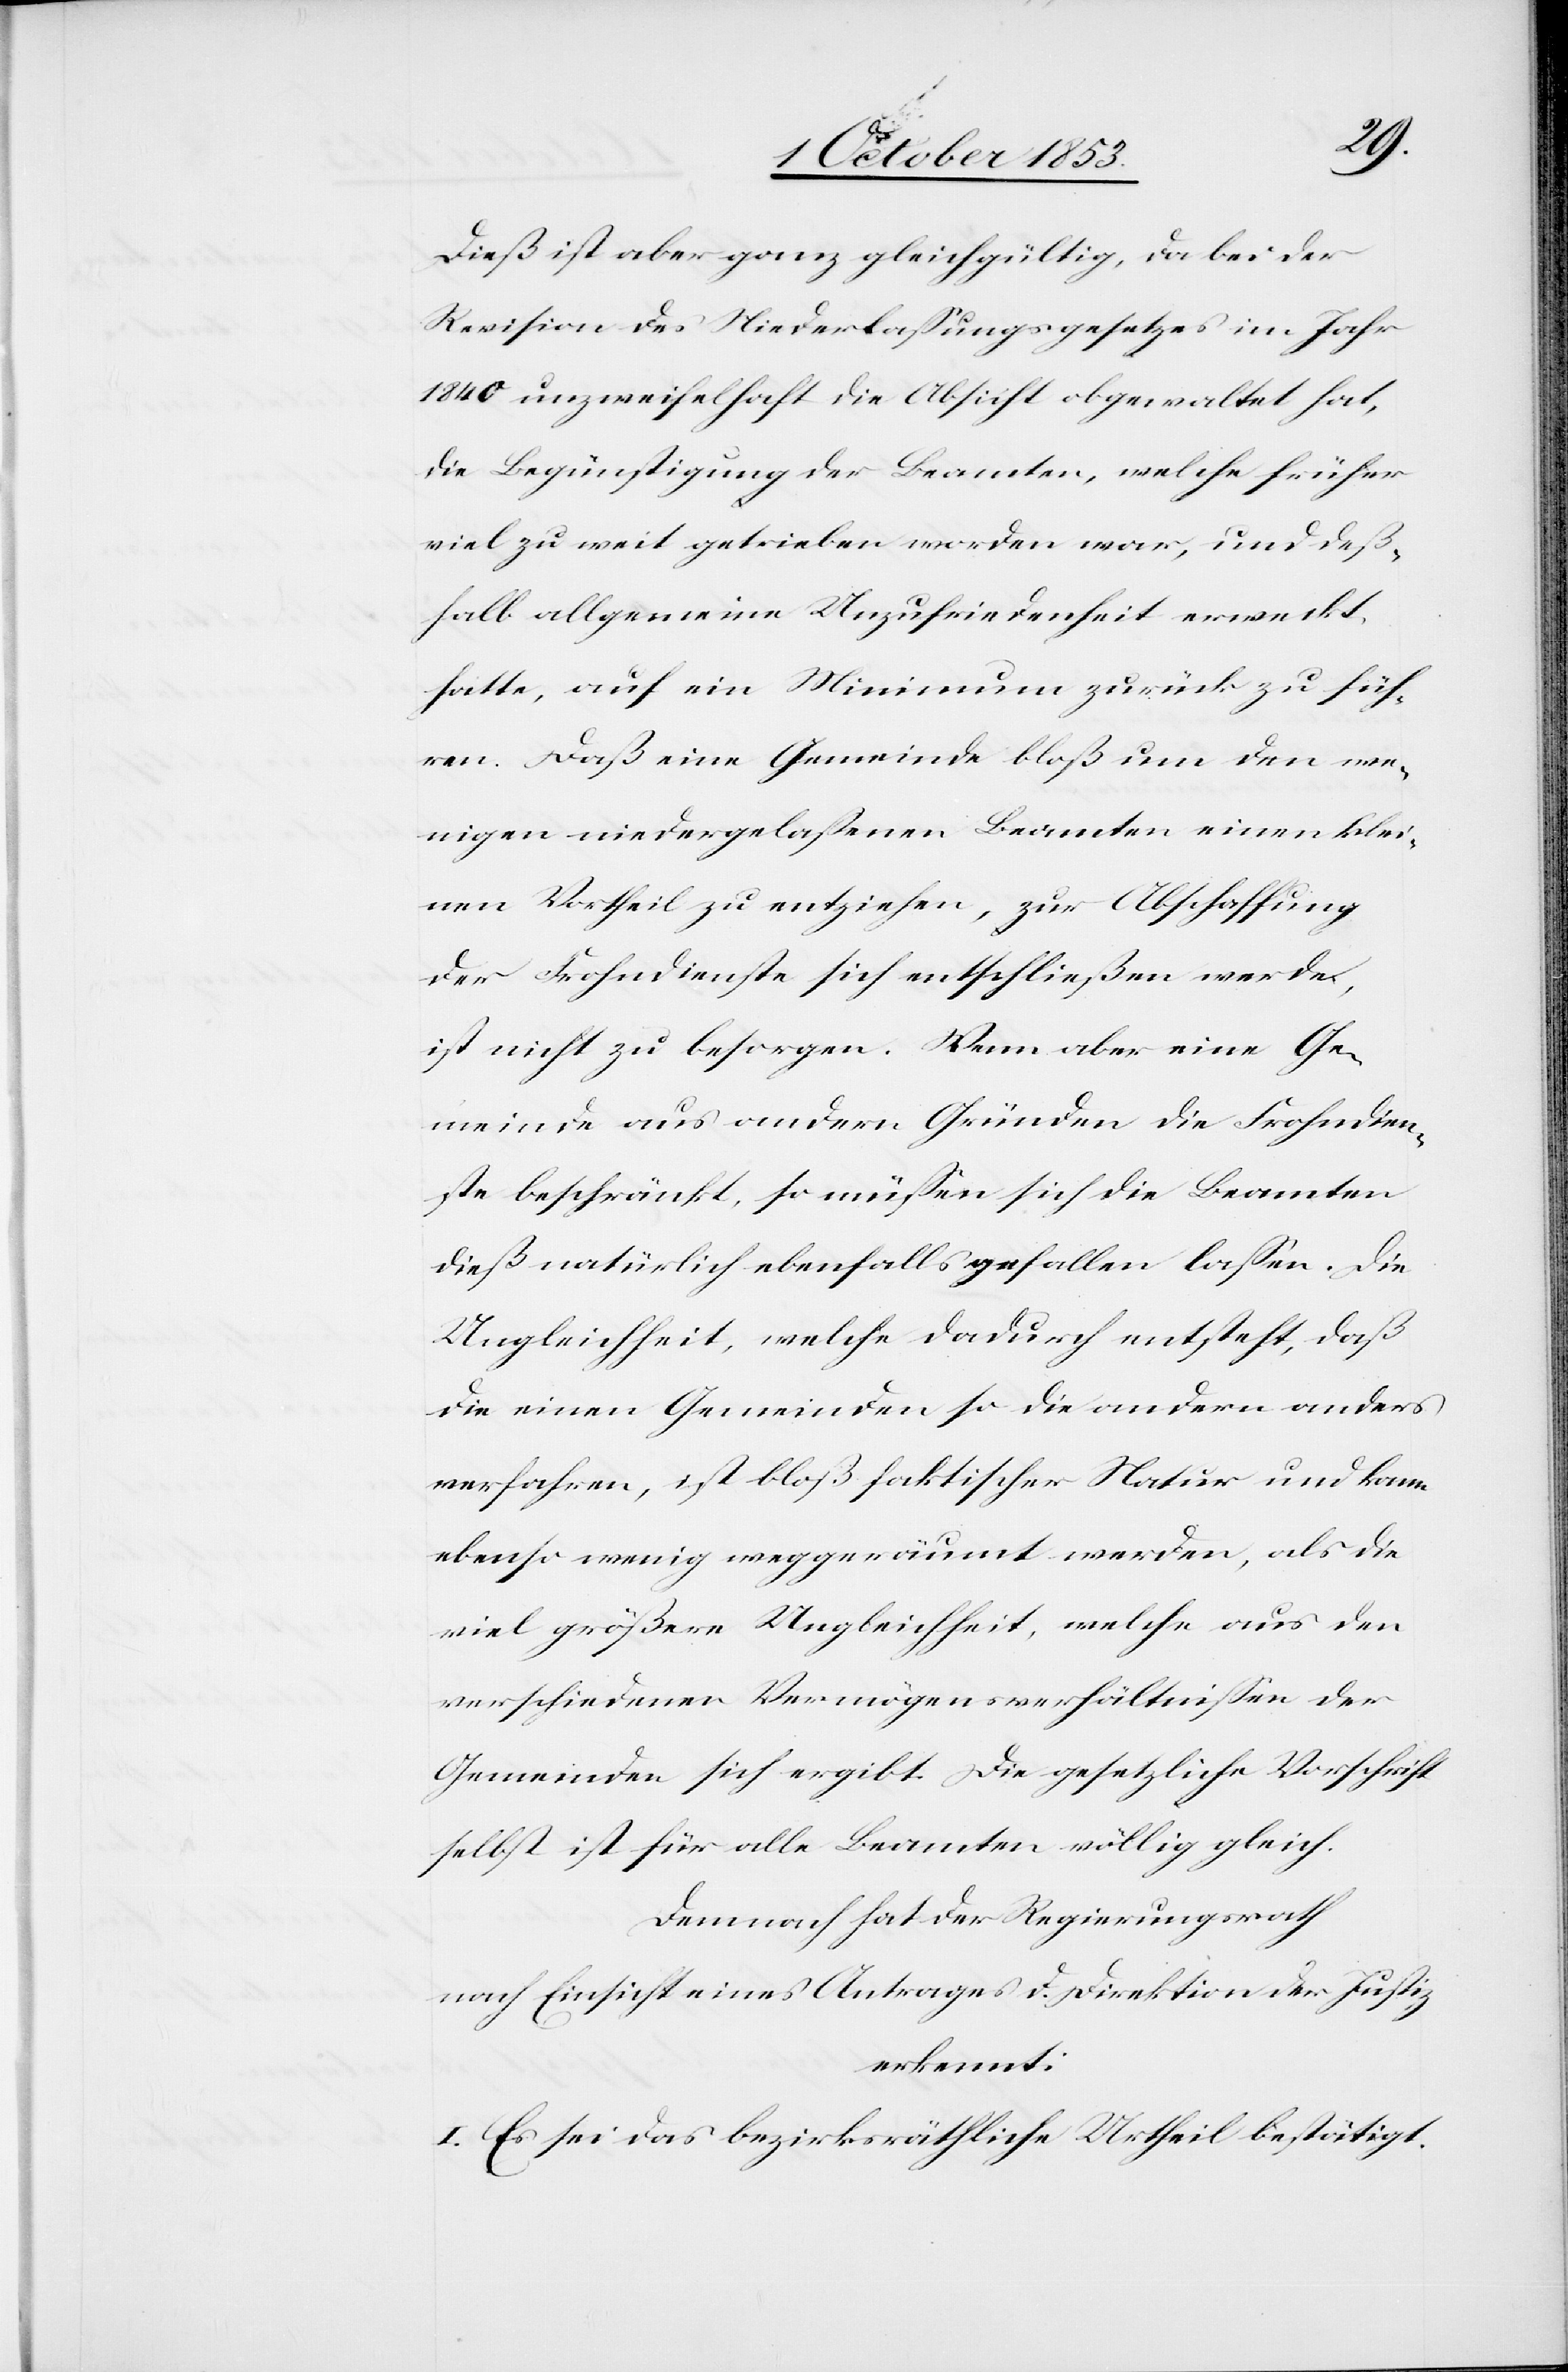
Dieß ist aber ganz gleichgültig, da bei der
Revision des Niederlaßungsgesetzes im Jahr
1840 unzweifelhaft die Absicht obgewaltet hat,
die Begünstigung der Beamten, welche früher
viel zu weit getrieben worden war, und deß¬
halb allgemeine Unzufriedenheit erweckt
hatte, auf ein Minimum zurück zu füh¬
ren. Daß eine Gemeinde bloß um den we¬
nigen niedergelaßenen Beamten einen klei¬
nen Vortheil zu entziehen, zur Abschaffung
der Frohndienste sich entschließen werde,
ist nicht zu besorgen. Wenn aber eine Ge¬
meinde aus andern Gründen die Frohndien¬
ste beschränkt, so müßen sich die Beamten
dieß natürlich ebenfalls gefallen laßen. Die
Ungleichheit, welche dadurch entsteht, daß
die einen Gemeinden so die andern anders
verfahren, ist bloß faktischer Natur und kann
ebenso wenig weggeräumt werden, als die
viel größere Ungleichheit, welche aus den
verschiedenen Vermögensverhältnißen der
Gemeinden sich ergibt. Die gesetzliche Vorschrift
selbst ist für alle Beamten völlig gleich.
Demnach hat der Regierungsrath
nach Einsicht eines Antrages d. Direktion der Justiz
erkennt:
I. Es sei das bezirksräthliche Urtheil bestätigt.